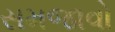
સમજાવો